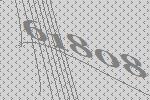
61808